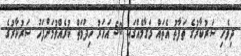
ދިވެހި ސަރުކާރުގެ ތަފާތު އެތައް މަގާމެއްގައި 50 އަހަރު ހިދުމަތް ކުރެއްވުމަށްފަހު ސަރުކާރުގެ